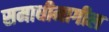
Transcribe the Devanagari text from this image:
समाधीमागील